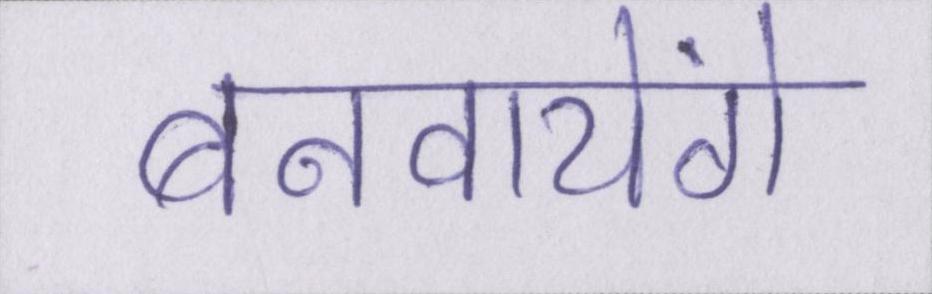
बनवायेंगे